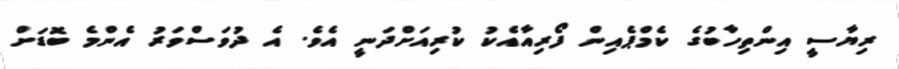
ރިޔާސީ އިންތިހާބުގެ ކެމްޕެއިން ފޯރިއާއެކު ކުރިއަށްދަނީ އެވެ. އެ ދުވަސްވަރު އެންމެ ބޮޑަށް